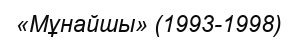
«Мұнайшы» (1993-1998)